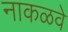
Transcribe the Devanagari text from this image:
नाकळवे